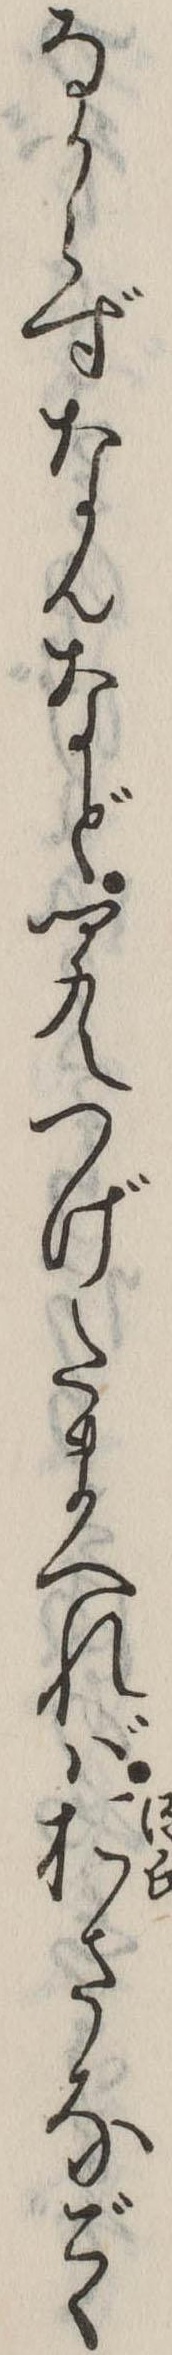
なからずなんなど聞えつげたまへればおさなごゝ